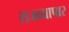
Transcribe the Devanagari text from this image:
राजव्यापार